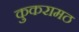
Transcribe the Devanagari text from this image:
कुकरामठ